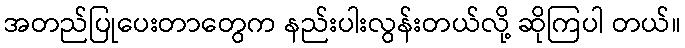
အတည်ပြုပေးတာတွေက နည်းပါးလွန်းတယ်လို့ ဆိုကြပါ တယ်။